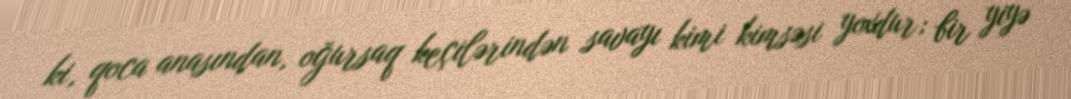
ki, qoca anasından, oğursaq keçilərindən savayı kimi kimsəsi yoxdur; bir yiyə